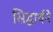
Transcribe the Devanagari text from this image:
सिद्धार्थने